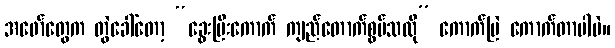
အဖော်တွေက တွဲခေါ်တော့ “ခွေးမြီးကောက် ကျည်တောက်စွပ်သလို” ကောက်မြဲ ကောက်တာပါပဲ။